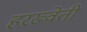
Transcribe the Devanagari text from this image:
हरख्वेती